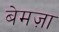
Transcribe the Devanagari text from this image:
बेमज़ा